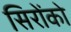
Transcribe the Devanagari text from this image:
सिरोंको